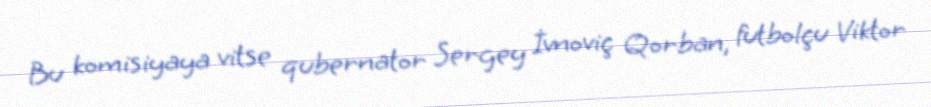
Bu komisiyaya vitse qubernator Sergey İvnoviç Qorban, futbolçu Viktor